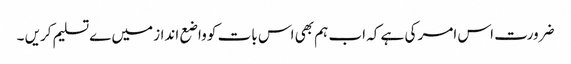
ضرورت اس امر کی ہے کہ اب ہم بھی اس بات کو واضع انداز میں ےتسلیم کریں ۔